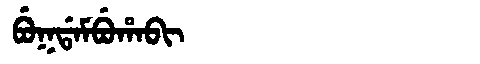
Manchu: ᠪᡠᡴᡩᠠᠮᠪᡠᡥᠠᠪᡳ
Romanization: BUKDAMBUHABI